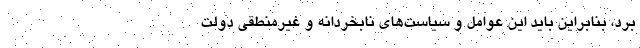
برد، بنابراین باید این عوامل و سیاست‌های نابخردانه و غیرمنطقی دولت